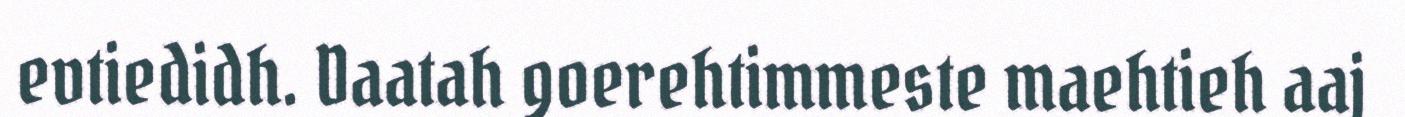
evtiedidh. Daatah goerehtimmeste maehtieh aaj